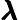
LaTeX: \pmb{\lambda}